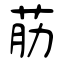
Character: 荕